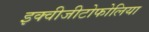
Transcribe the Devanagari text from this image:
इक्वीजीटोफोलिया